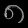
Digit: ၈